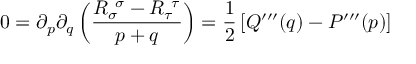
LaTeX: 0 = \partial _ { p } \partial _ { q } \left( { \frac { R _ { \sigma } ^ { \ \sigma } - R _ { \tau } ^ { \ \tau } } { p + q } } \right) = { \frac { 1 } { 2 } } \left[ Q ^ { \prime \prime \prime } ( q ) - P ^ { \prime \prime \prime } ( p ) \right]